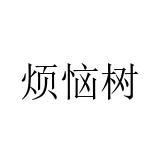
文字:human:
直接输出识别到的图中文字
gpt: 烦恼树